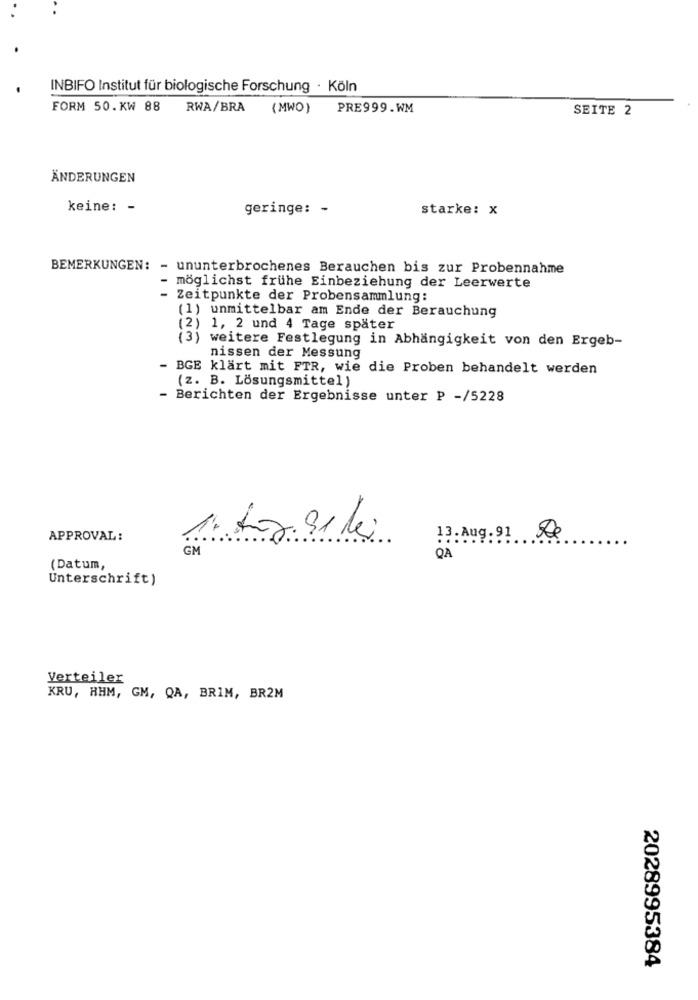
INBIFO Institut für biologische Forschung · Köln
FORM 50.KW 88
RWA/BRA
(MWO)
PRE999.WM
SEITE 2
ÄNDERUNGEN
keine: -
geringe: -
starke: x
BEMERKUNGEN: - ununterbrochenes Berauchen bis zur Probennahme
möglichst frühe Einbeziehung der Leerwerte
Zeitpunkte der Probensammlung:
(1) unmittelbar am Ende der Berauchung
(2) 1, 2 und 4 Tage später
(3) weitere Festlegung in Abhängigkeit von den Ergeb-
nissen der Messung
. BGE klart mit FTR, wie die Proben behandelt werden
(z. B. Lösungsmittel)
- Berichten der Ergebnisse unter P -/5228
APPROVAL:
16. Aug. 91 lei
13.Aug. 91
GM
QA
(Datum,
Unterschrift)
Verteiler
KRU, HHM, GM, QA, BRIM, BR2M
2028995384